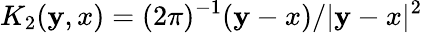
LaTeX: K_{2}(\mathbf{y},x)=(2\pi)^{-1}(\mathbf{y}-x)/|\mathbf{y}-x|^{2}